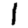
Digit: 1